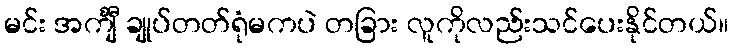
မင်း အင်္ကျီ ချုပ်တတ်ရုံမကပဲ တခြား လူကိုလည်းသင်ပေးနိုင်တယ်။